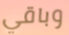
وباقي